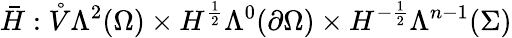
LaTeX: \bar{H}:\mathring{V}\Lambda^{2}(\Omega)\times H^{\frac{1}{2}}\Lambda^{0}(\partial\Omega)\times H^{-\frac{1}{2}}\Lambda^{n-1}(\Sigma)